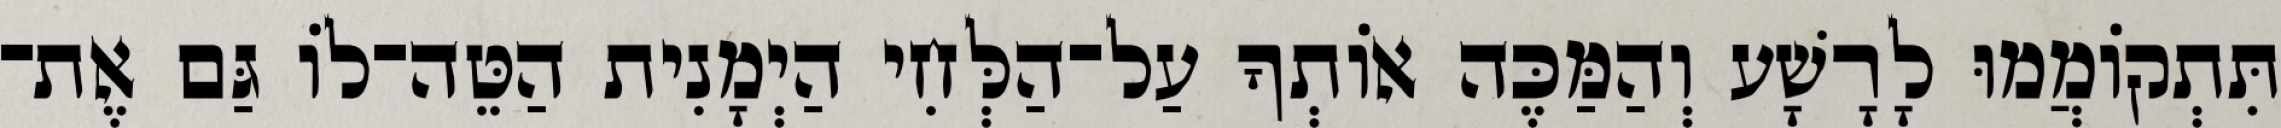
תִּתְקוֹמֲמוּ לָרָשָׁע וְהַמַּכֶּה אוֹתְךָ עַל־הַלְּחִי הַיְמָנִית הַטֵּה־לוֹ גַּם אֶת־